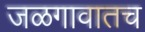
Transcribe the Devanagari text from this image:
जळगावातच